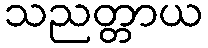
သညတ္တာယ